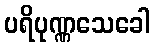
ပရိပုဏ္ဏသေခေါ